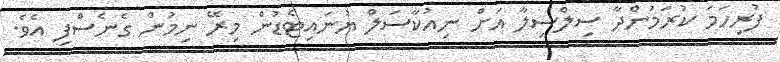
ފުރިހަމަ ކުރަމުންދާ ސިލްސިލާ އަށް ނިއުކާސަލް ޔުނައިޓެޑުން މިރޭ ނިމުން ގެނެސްފި އެވެ.